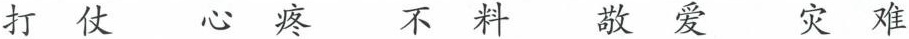
打仗 心疼 不料 敬爱 灾难